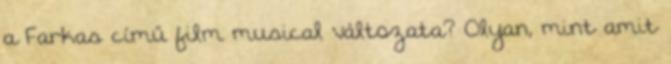
a Farkas című film musical változata? Olyan, mint amit